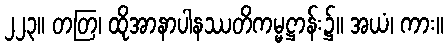
၂၂၃။ တတြ၊ ထိုအာနာပါနဿတိကမ္မဋ္ဌာန်း၌။ အယံ၊ ကား။